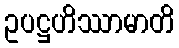
ဥပဋ္ဌဟိဿာမာတိ